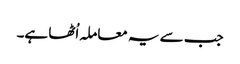
جب سے یہ معاملہ اُٹھا ہے۔